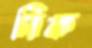
নিক